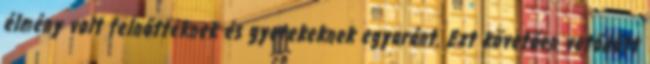
élmény volt felnőtteknek és gyerekeknek egyaránt. Ezt követően vetődött